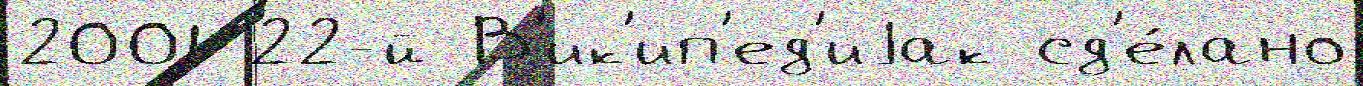
2001 22-й В'ик'ип'ед'иjак сд'е́лано